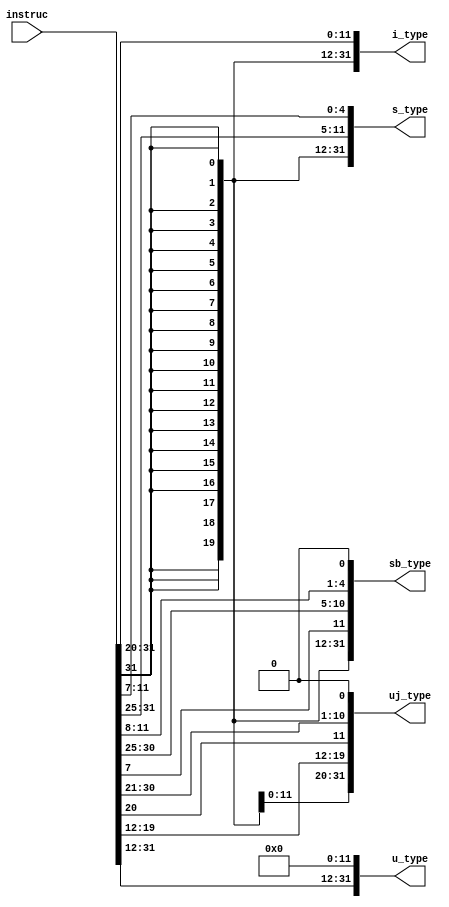
module imm_gen (instruc,i_type,s_type,sb_type,uj_type,u_type);
    input wire [31:0] instruc;
    output reg [31:0] i_type,s_type,sb_type,uj_type,u_type;
     
     reg [11:0] i,s;
      
      
   always @(*)begin 
      s [4:0] = instruc [11:7];
      s [11:5] = instruc [31:25];
      i = instruc [31:20];
      i_type = {{20{i[11]}},i};
      s_type = {{20{s[11]}},s};
      sb_type ={{19{instruc[31]}},instruc[31],instruc[7],instruc[30:25],instruc[11:8],1'b0};
      uj_type = {{11{instruc[31]}},instruc[31],instruc[19:12],instruc[20],instruc[30:21],1'b0};
      u_type = {{instruc[31:12]},12'b0};
   end
endmodule